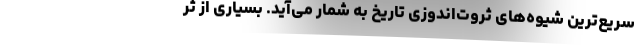
سریع‌ترین شیوه‌های ثروت‌اندوزی تاریخ به شمار می‌آید. بسیاری از ثر